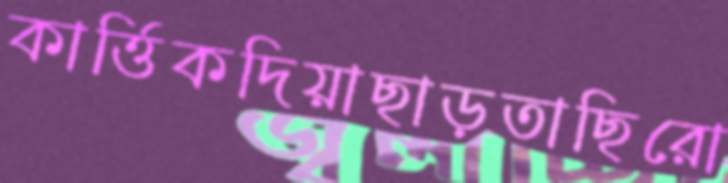
কার্ত্তিকদিয়াছাড়তাছিরো